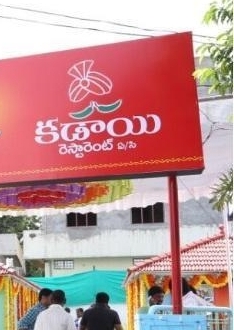
Language: telugu
Transcription: కడాయి రెస్టారెంట్